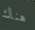
هناك